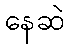
နေဆဲ